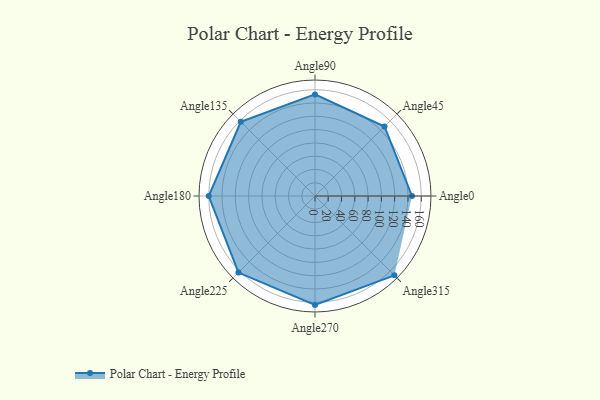
{"axis": {"x": "Angle", "y": "Radius"}, "legend": [""], "data": [{"x": "Angle0", "y": 146.0, "type": ""}, {"x": "Angle45", "y": 148.0, "type": ""}, {"x": "Angle90", "y": 153.0, "type": ""}, {"x": "Angle135", "y": 158.0, "type": ""}, {"x": "Angle180", "y": 160.0, "type": ""}, {"x": "Angle225", "y": 163.0, "type": ""}, {"x": "Angle270", "y": 164.0, "type": ""}, {"x": "Angle315", "y": 169.0, "type": ""}]}